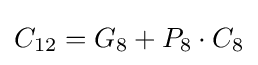
C_{12}=G_{8}+P_{8}\cdot C_{8}